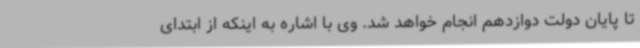
تا پایان دولت دوازدهم انجام خواهد شد. وی با اشاره به اینکه از ابتدای